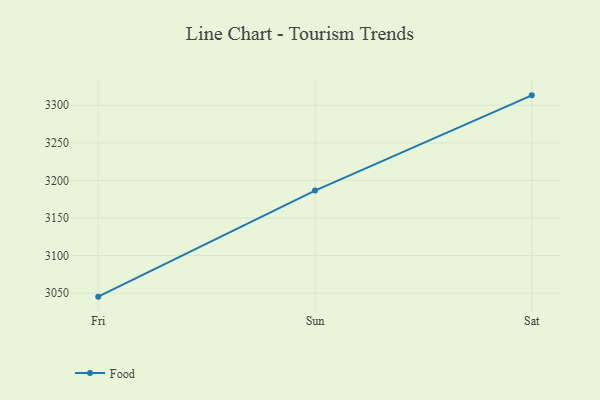
{"axis": {"x": "Day", "y": "Active Users"}, "legend": ["Food"], "data": [{"x": "Fri", "y": 3045.4, "type": "Food"}, {"x": "Sun", "y": 3186.5, "type": "Food"}, {"x": "Sat", "y": 3313.2, "type": "Food"}]}